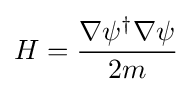
H={\nabla \psi ^{\dagger }\nabla \psi  \over 2m}